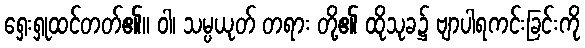
ရှေးရှုထင်တတ်၏။ ဝါ၊ သမ္ပယုတ် တရား တို့၏ ထိုသုခ၌ ဗျာပါရကင်းခြင်းကို